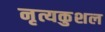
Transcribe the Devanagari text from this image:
नृत्यकुशल